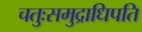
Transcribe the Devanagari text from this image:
चतुःसमुद्राधिपति